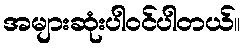
အများဆုံးပါဝင်ပါတယ်။